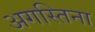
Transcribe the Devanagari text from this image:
अगस्तिना